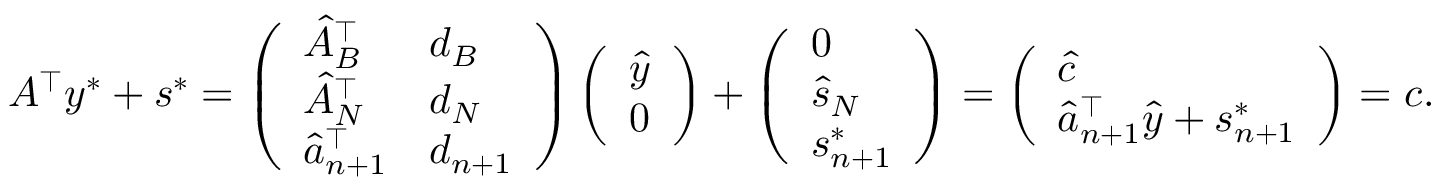
A ^ { \top } y ^ { * } + s ^ { * } = \left( \begin{array} { l l } { \hat { A } _ { B } ^ { \top } } & { d _ { B } } \\ { \hat { A } _ { N } ^ { \top } } & { d _ { N } } \\ { \hat { a } _ { n + 1 } ^ { \top } } & { d _ { n + 1 } } \end{array} \right) \left( \begin{array} { l } { \hat { y } } \\ { 0 } \end{array} \right) + \left( \begin{array} { l } { 0 } \\ { \hat { s } _ { N } } \\ { s _ { n + 1 } ^ { * } } \end{array} \right) = \left( \begin{array} { l } { \hat { c } } \\ { \hat { a } _ { n + 1 } ^ { \top } \hat { y } + s _ { n + 1 } ^ { * } } \end{array} \right) = c .